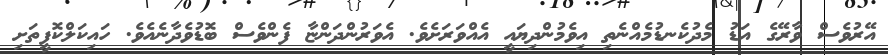
އޭރުވެސް ވާރޭގެ އަޑު މެދުކެނޑުމެއްނެތި އިވެމުންދިޔައީ އެއްވަރަށެވެ. އެވަރުންދަންޏާ ފެންވެސް ބޮޑުވެދާނެއެވެ. ހައިކަލްކޮފީތަށި